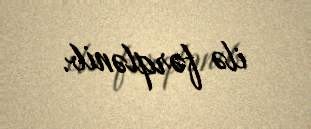
ilə fərqlənib.